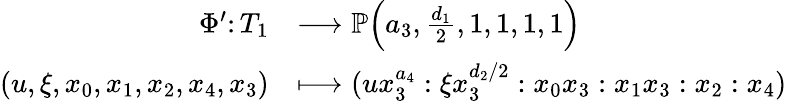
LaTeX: \begin{array}{rl}{\Phi^{\prime}\colon T_{1}}&{\longrightarrow\mathbb{P}\Big(a_{3},\frac{d_{1}}{2},1,1,1,1\Big)}\\ {(u,\xi,x_{0},x_{1},x_{2},x_{4},x_{3})}&{\longmapsto(ux_{3}^{a_{4}}:\xi x_{3}^{d_{2}/2}:x_{0}x_{3}:x_{1}x_{3}:x_{2}:x_{4})}\end{array}